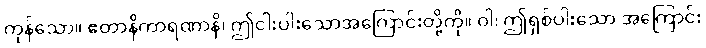
ကုန်သော။ ဧတာနိကာရဏာနိ၊ ဤငါးပါးသောအကြောင်းတို့ကို။ ဝါ၊ ဤရှစ်ပါးသော အကြောင်း